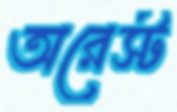
অরেস্ট